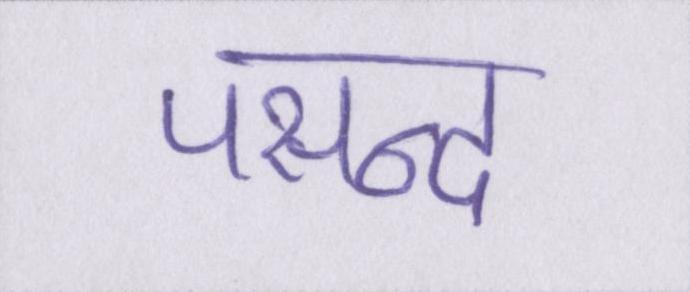
पसन्द